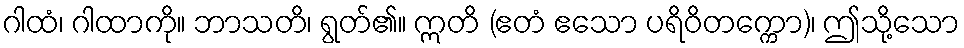
ဂါထံ၊ ဂါထာကို။ ဘာသတိ၊ ရွတ်၏။ ဣတိ (ဧတံ ဧသော ပရိဝိတက္ကော)၊ ဤသို့သော